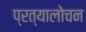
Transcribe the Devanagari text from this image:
प्रत्यालोचन